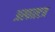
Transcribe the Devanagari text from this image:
अस्फाल्टम